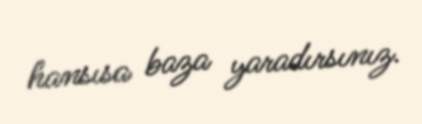
hansısa baza yaradırsınız.